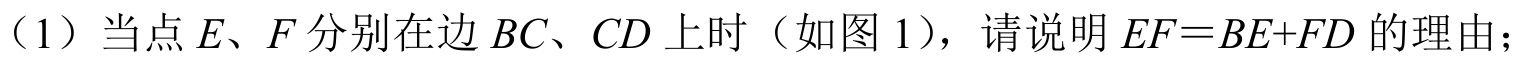
（1）当点 \(E、F\) 分别在边 \(BC、CD\) 上时（如图 1），请说明 \(EF = BE + FD\) 的理由；